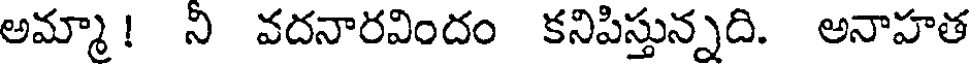
అమ్మా! న వదనారవిందం కనిపిస్తున్నది. అనాహత